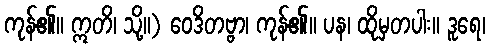
ကုန်၏။ ဣတိ၊ သို့။) ဝေဒိတဗ္ဗာ၊ ကုန်၏။ ပန၊ ထိုမှတပါး။ ဒူရေ၊